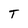
Character: T